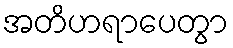
အတိဟရာပေတွာ